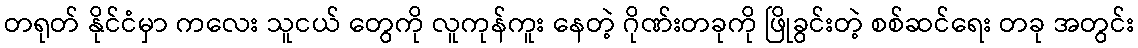
တရုတ် နိုင်ငံမှာ ကလေး သူငယ် တွေကို လူကုန်ကူး နေတဲ့ ဂိုဏ်းတခုကို ဖြိုခွင်းတဲ့ စစ်ဆင်ရေး တခု အတွင်း